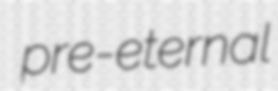
pre-eternal